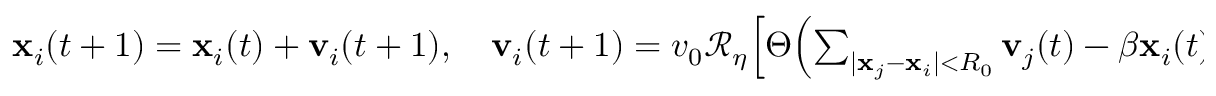
\begin{array} { r } { \mathbf { x } _ { i } ( t + 1 ) = \mathbf { x } _ { i } ( t ) + \mathbf { v } _ { i } ( t + 1 ) , \quad \mathbf { v } _ { i } ( t + 1 ) = v _ { 0 } \mathcal { R } _ { \eta } \! \left[ \Theta \! \left( \sum _ { | \mathbf { x } _ { j } - \mathbf { x } _ { i } | < R _ { 0 } } \mathbf { v } _ { j } ( t ) - \beta \mathbf { x } _ { i } ( t ) \right) \! \right] \! , } \end{array}